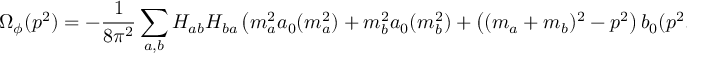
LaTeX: \Omega _ { \phi } ( p ^ { 2 } ) = - \frac { 1 } { 8 \pi ^ { 2 } } \sum _ { a , b } H _ { a b } H _ { b a } \left( m _ { a } ^ { 2 } a _ { 0 } ( m _ { a } ^ { 2 } ) + m _ { b } ^ { 2 } a _ { 0 } ( m _ { b } ^ { 2 } ) + \left( ( m _ { a } + m _ { b } ) ^ { 2 } - p ^ { 2 } \right) b _ { 0 } ( p ^ { 2 } , m _ { a } ^ { 2 } , m _ { b } ^ { 2 } ) \right) ,